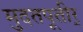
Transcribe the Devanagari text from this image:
मुदतपूतीर्